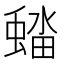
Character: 𮔭